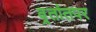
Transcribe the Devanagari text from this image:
व्रतांतपर